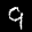
Label: 9